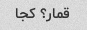
قمار؟ کجا